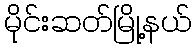
မိုင်းဆတ်မြို့နယ်